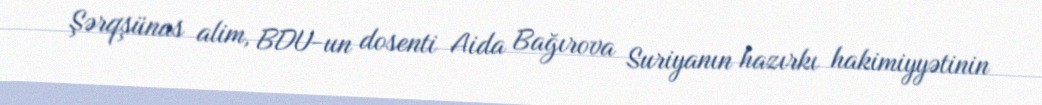
Şərqşünas alim, BDU-un dosenti Aida Bağırova Suriyanın hazırkı hakimiyyətinin